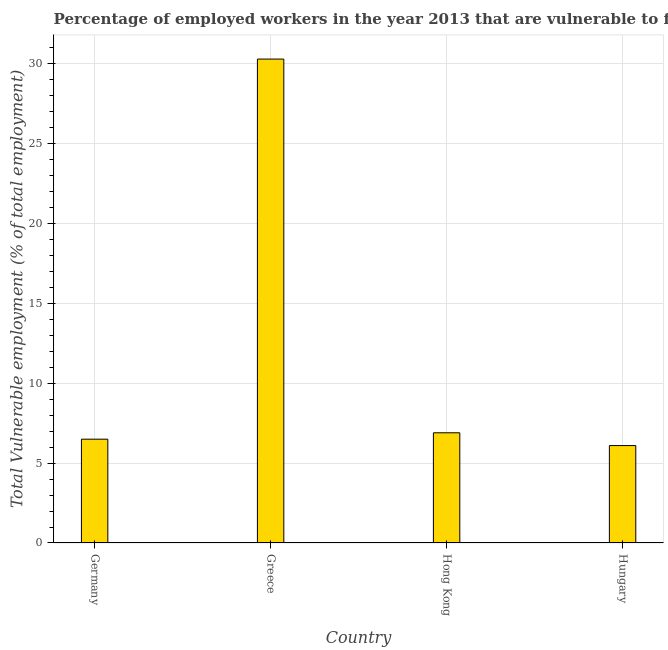
| Country | Vulnerable employment |
 | --- | --- |
 | Germany | 6.5 |
 | Greece | 30.3 |
 | Hong Kong | 6.9 |
 | Hungary | 6.1 |